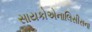
સાયકોએનાલિસીસના